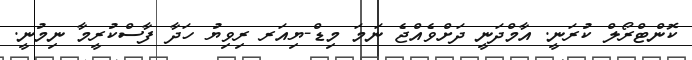
ކޮންޓްރޯލް ކުރަނީ. އާމްދަނީ ދަށްވެއްޖެ ނަމަ މިޑް-ޔިއަރ ރިވިޔު ހަދާ ފާސްކުރީމާ ނިމުނީ.